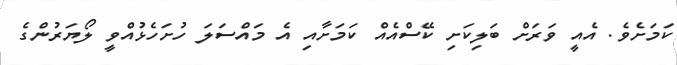
ކަމަށެވެ. އެއީ ވަރަށް ބަލިކަށި ކޭސްއެއް ކަމަށާއި އެ މައްސަލަ ހުށަހެޅުއްވީ ލޯޔަރުންގެ